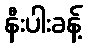
နီးပါးခန့်